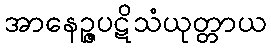
အာနေဉ္ဇပဋိသံယုတ္တာယ